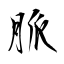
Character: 脈